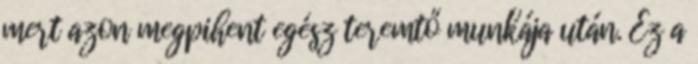
mert azon megpihent egész teremtő munkája után. Ez a